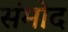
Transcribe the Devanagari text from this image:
संमोद